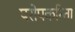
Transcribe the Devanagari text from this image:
परोपकरिता